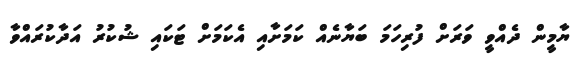
ޔާމީން ދެއްވީ ވަރަށް ފުރިހަމަ ބަޔާނެއް ކަމަށާއި އެކަމަށް ޓަކައި ޝުކުރު އަދާކުރައްވާ